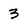
Character: 3